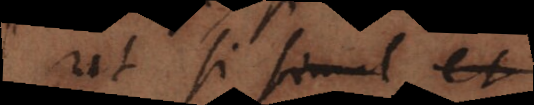
ut si simul et